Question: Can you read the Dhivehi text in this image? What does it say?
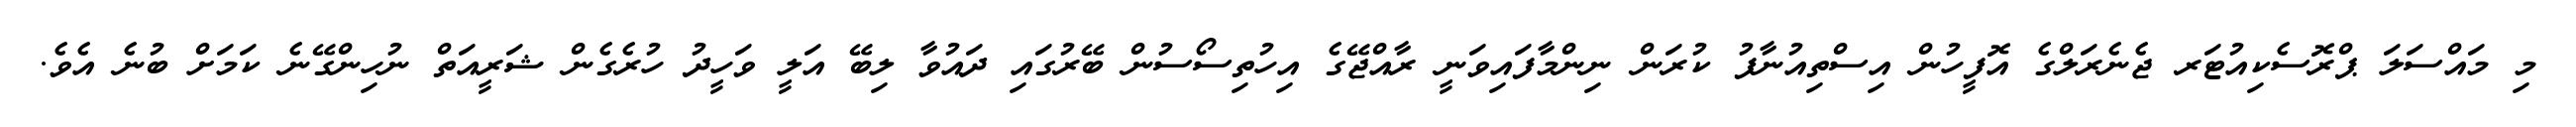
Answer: މި މައްސަލަ ޕްރޮސެކިއުޓަރ ޖެނެރަލްގެ އޮފީހުން އިސްތިއުނާފު ކުރަން ނިންމާފައިވަނީ ރާއްޖޭގެ އިހުތިސޯސުން ބޭރުގައި ދައުވާ ލިބޭ އަލީ ވަހީދު ހުރެގެން ޝަރީއަތް ނުހިންގޭނެ ކަމަށް ބުނެ އެވެ.